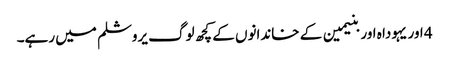
4 اور یہودا ہ اور بنیمین کے خاندانوں کے کچھ لوگ یروشلم میں رہے۔